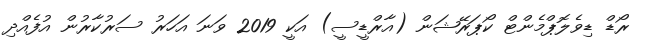
ރޯޑް ޑިވެލޮޕްމެންޓް ކޯޕަރޭޝަން (އާރްޑީސީ) އަކީ 2019 ވަނަ އަހަރު ސަރުކާރުން އުފެއްދި